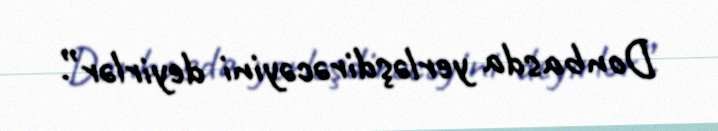
Donbasda yerləşdirəcəyini deyirlər”.